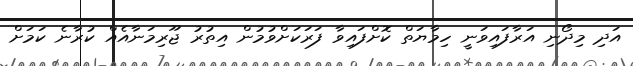
އަދި މިދޯނި އަރާފައިވަނީ ހިމާޔަތް ކޮށްފައިވާ ފަރަކަށްވުމުން އިތުރު ޖޫރިމަނާއެއް ކުރާނެ ކަމަށް